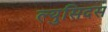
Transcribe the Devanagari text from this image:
ल्युसिदस